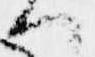
へ